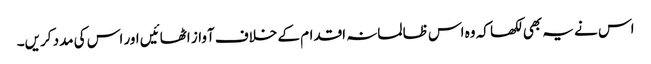
اس نے یہ بھی لکھا کہ وہ اس ظالمانہ اقدام کے خلاف آواز اٹھائیں اور اس کی مدد کریں۔